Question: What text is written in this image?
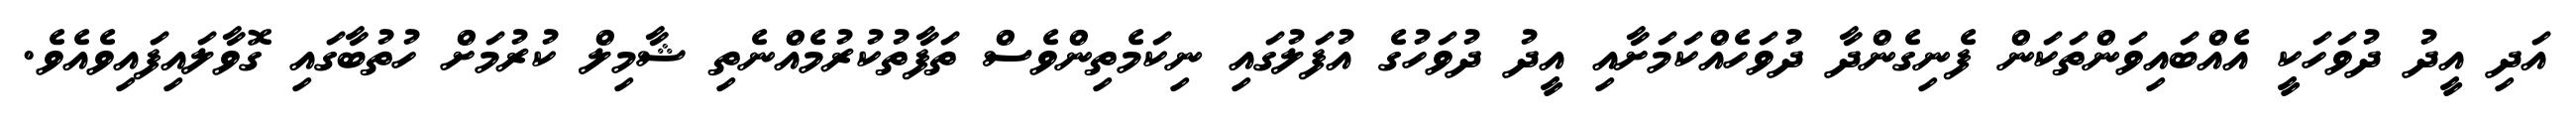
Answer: އަދި އީދު ދުވަހަކީ އެއްބައިވަންތަކަން ފެނިގެންދާ ދުވަހެއްކަމަށާއި އީދު ދުވަހުގެ އުފަލުގައި ނިކަމެތިންވެސް ތަފާތުކުރުމެއްނެތި ޝާމިލް ކުރުމަށް ހުތުބާގައި ގޮވާލައިފައިވެއެވެ.